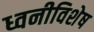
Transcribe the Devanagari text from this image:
ध्वनीविशेष